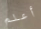
أعلم